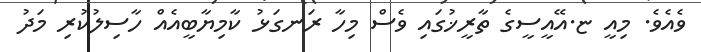
ވެއެވެ. މިއީ ޏ.އޭއީސީގެ ތާރީޚުގައި ވެސް މިހާ ރަނގަޅު ކާމިޔާބީއެއް ހާސިލުކުރި މަދު